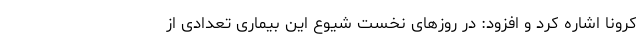
کرونا اشاره کرد و افزود: در روزهای نخست شیوع این بیماری تعدادی از